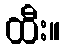
ထီး။